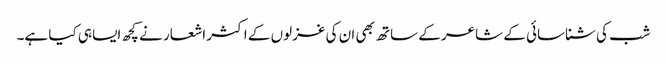
شب کی شناسائی کے شاعر کے ساتھ بھی ان کی غزلوں کے اکثر اشعار نے کچھ ایسا ہی کیا ہے۔